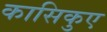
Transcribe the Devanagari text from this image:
कासिकुए